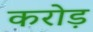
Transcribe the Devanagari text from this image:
करोड़